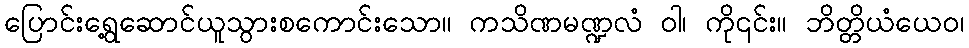
ပြောင်းရွေ့ဆောင်ယူသွားစကောင်းသော။ ကသိဏမဏ္ဍလံ ဝါ၊ ကို၎င်း။ ဘိတ္တိယံယေဝ၊